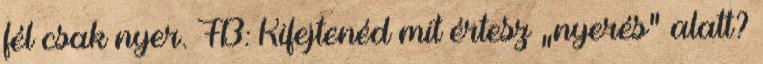
fél csak nyer. FB: Kifejtenéd mit értesz „nyerés” alatt?